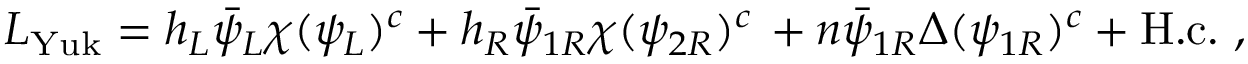
{ \cal L } _ { \mathrm { Y u k } } = h _ { L } \bar { \psi } _ { L } \chi ( \psi _ { L } ) ^ { c } + h _ { R } \bar { \psi } _ { 1 R } \chi ( \psi _ { 2 R } ) ^ { c } \nonumber \, + n \bar { \psi } _ { 1 R } \Delta ( \psi _ { 1 R } ) ^ { c } + \mathrm { H . c . } \ ,